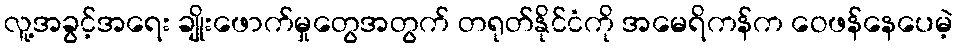
လူ့အခွင့်အရေး ချိုးဖောက်မှုတွေအတွက် တရုတ်နိုင်ငံကို အမေရိကန်က ဝေဖန်နေပေမဲ့